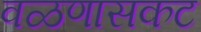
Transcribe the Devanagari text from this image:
वळणासकट